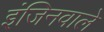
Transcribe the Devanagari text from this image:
इंजिनवाले